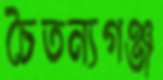
চৈতন্যগঞ্জ